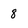
Character: 8